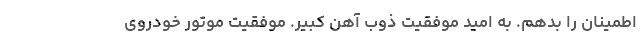
اطمینان را بدهم. به امید موفقیت ذوب آهن کبیر. موفقیت موتور خودروی